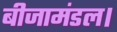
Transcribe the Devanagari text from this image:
बीजामंडल।